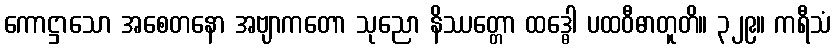
ကောဋ္ဌာသော အစေတနော အဗျာကတော သုညော နိဿတ္တော ထဒ္ဓေါ ပထဝီဓာတူတိ။ ၃၂၉။ ကရီသံ